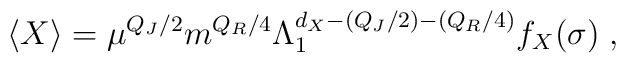
\langle X \rangle = \mu^{Q_J/2} m^{Q_R/4}\Lambda_1^{d_X    -(Q_J/2)-(Q_R/4)} f_X(\sigma)\;,